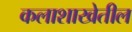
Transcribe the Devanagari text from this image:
कलाशाखेतील